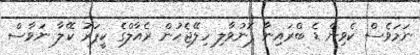
ނަމަވެސް ކެވިން ޑެ ބްރައިނާ ފޮނުވާލި ހިލޭޖެހުން ރެއާލްގެ ކީޕަރު ކޭލާ ނަވާސް